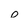
Character: 0